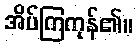
အိပ်ကြကုန်၏။